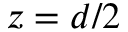
z = d / 2